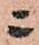
ニ